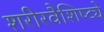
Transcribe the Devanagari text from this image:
शरीरवैशिष्ट्ये